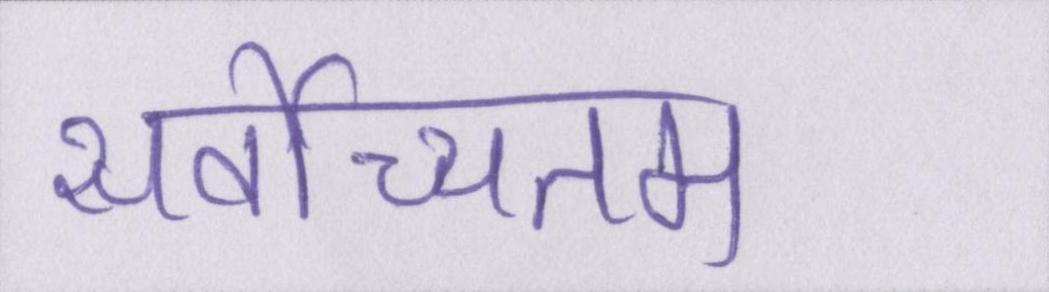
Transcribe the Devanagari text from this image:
सर्वोच्चतम